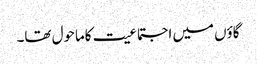
گاؤں میں اجتماعیت کاماحول تھا۔